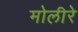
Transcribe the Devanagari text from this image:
मोलीरे